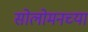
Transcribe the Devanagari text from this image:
सोलोमनच्या